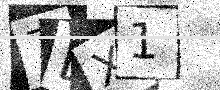
Text: 7BX1